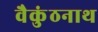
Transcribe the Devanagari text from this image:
वैकुंठनाथ